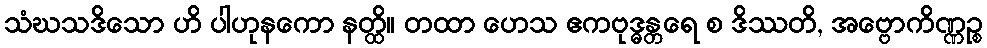
သံဃသဒိသော ဟိ ပါဟုနကော နတ္ထိ။ တထာ ဟေသ ဧကဗုဒ္ဓန္တရေ စ ဒိဿတိ, အဗ္ဗောကိဏ္ဏဉ္စ